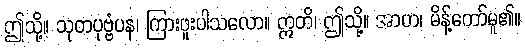
ဤသို့။ သုတပုဗ္ဗံပန၊ ကြားဖူးပါသလော။ ဣတိ၊ ဤသို့။ အာဟ၊ မိန့်တော်မူ၏။